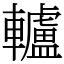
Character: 轤